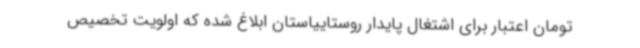
تومان اعتبار برای اشتغال پایدار روستاییاستان ابلاغ شده که اولویت تخصیص